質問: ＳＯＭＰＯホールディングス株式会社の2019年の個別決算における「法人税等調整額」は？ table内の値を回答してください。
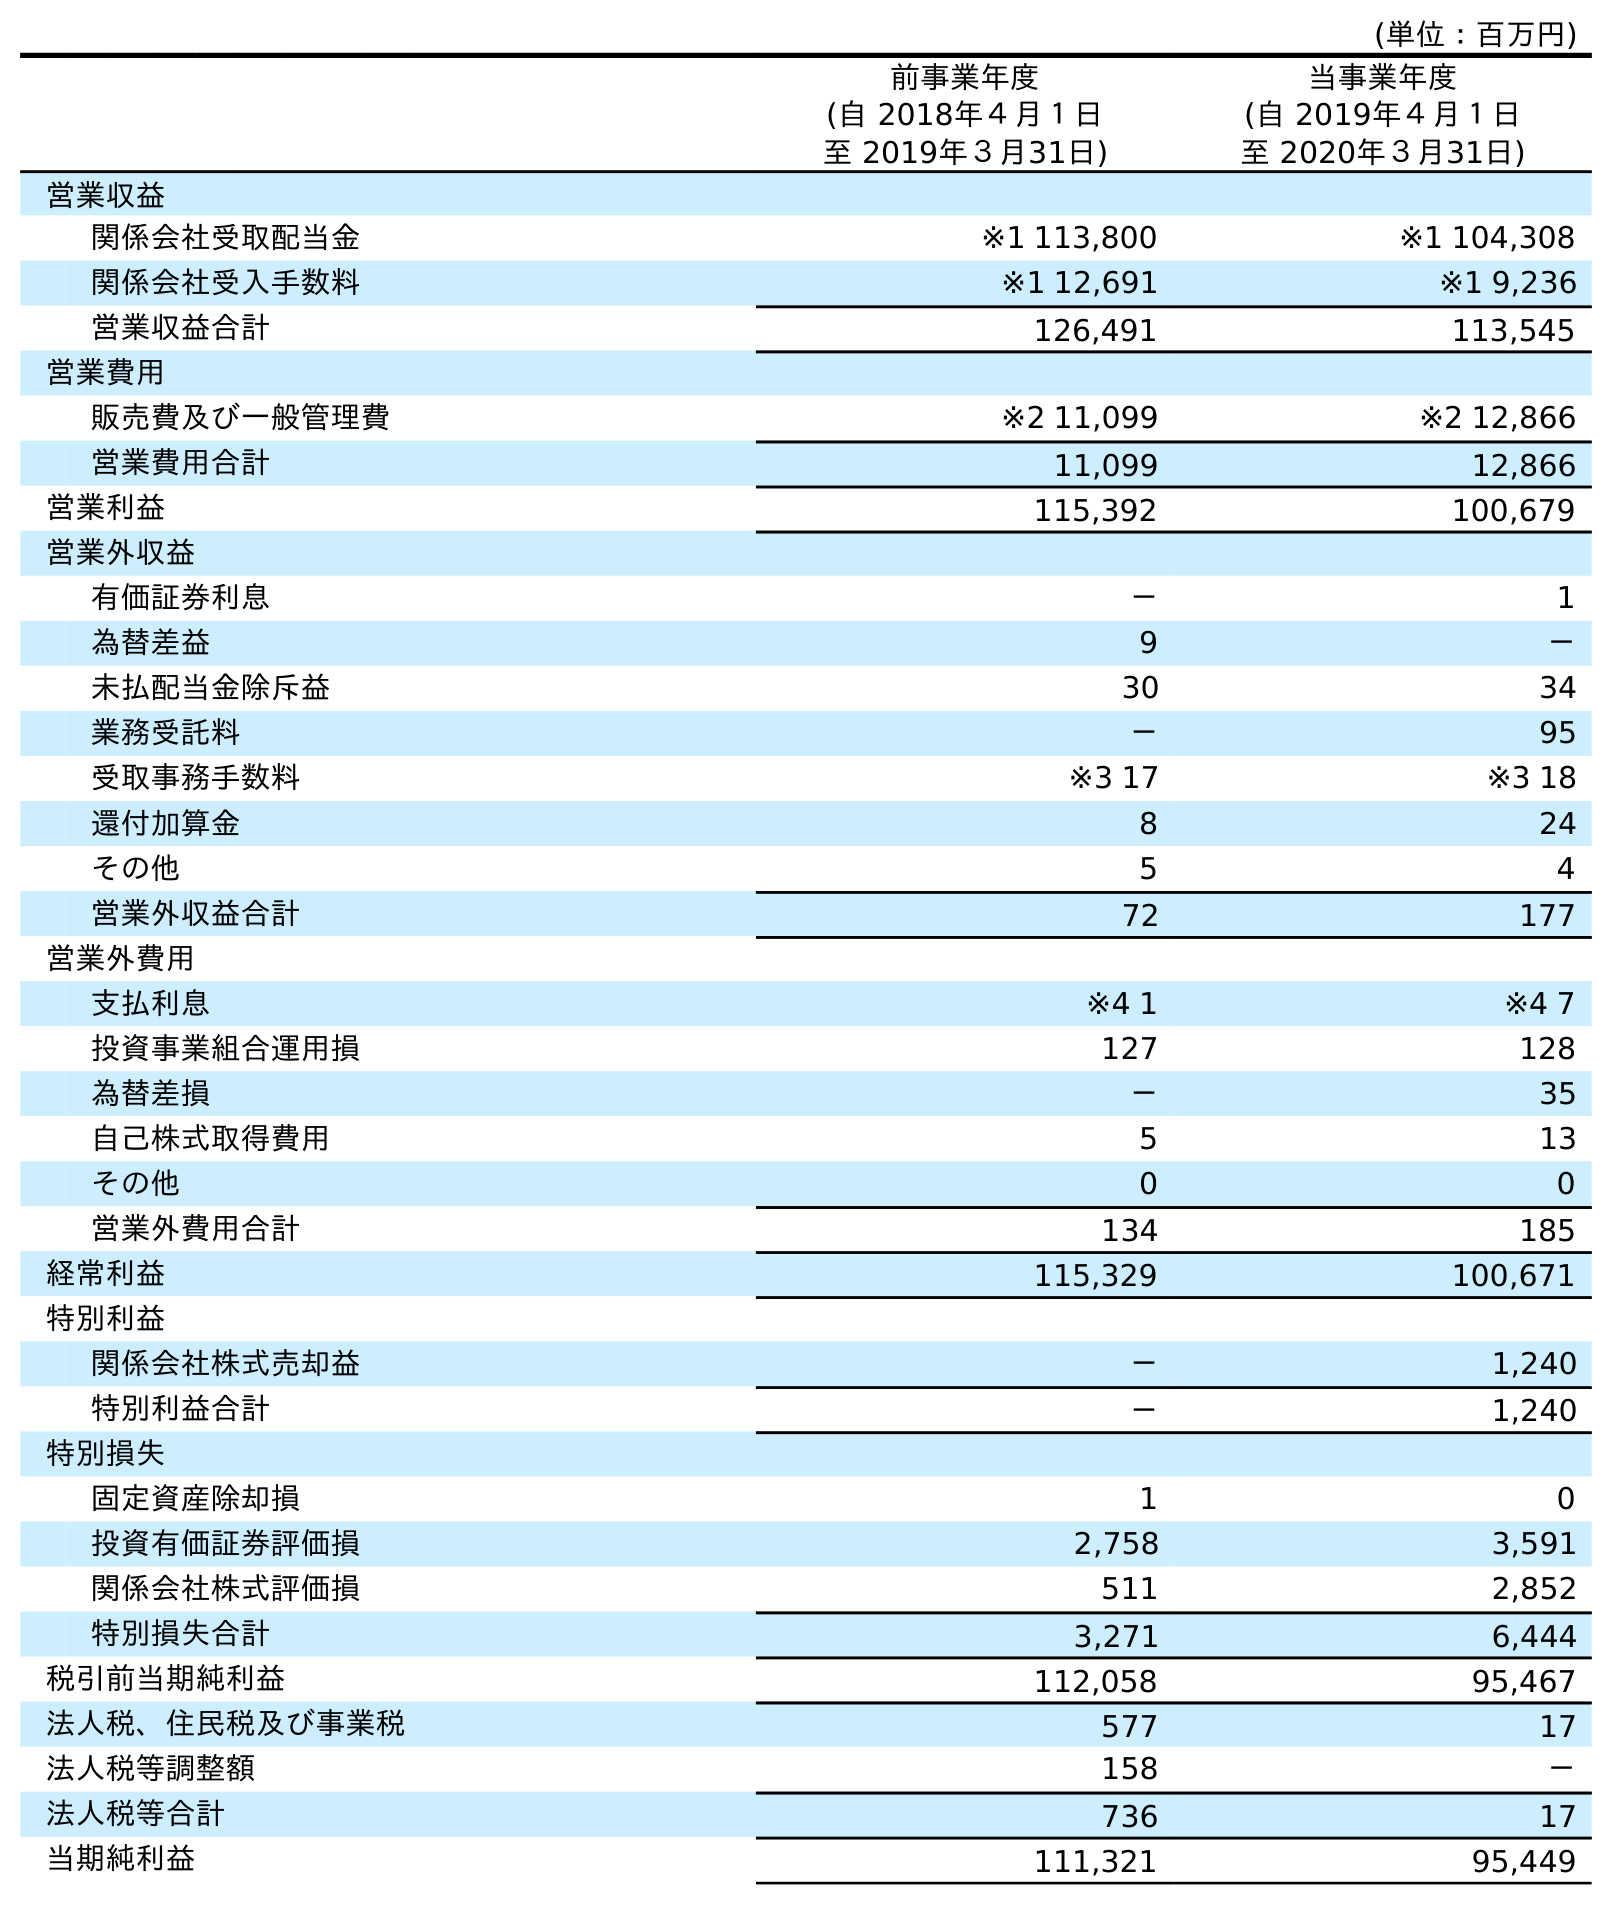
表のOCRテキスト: (単位：百万円) 前事業年度 (自 2018年４月１日 至 2019年３月31日) 当事業年度 (自 2019年４月１日 至 2020年３月31日) 営業収益 関係会社受取配当金 ※1 113,800 ※1 104,308 関係会社受入手数料 ※1 12,691 ※1 9,236 営業収益合計 126,491 113,545 営業費用 販売費及び一般管理費 ※2 11,099 ※2 12,866 営業費用合計 11,099 12,866 営業利益 115,392 100,679 営業外収益 有価証券利息 － 1 為替差益 9 － 未払配当金除斥益 30 34 業務受託料 － 95 受取事務手数料 ※3 17 ※3 18 還付加算金 8 24 その他 5 4 営業外収益合計 72 177 営業外費用 支払利息 ※4 1 ※4 7 投資事業組合運用損 127 128 為替差損 － 35 自己株式取得費用 5 13 その他 0 0 営業外費用合計 134 185 経常利益 115,329 100,671 特別利益 関係会社株式売却益 － 1,240 特別利益合計 － 1,240 特別損失 固定資産除却損 1 0 投資有価証券評価損 2,758 3,591 関係会社株式評価損 511 2,852 特別損失合計 3,271 6,444 税引前当期純利益 112,058 95,467 法人税、住民税及び事業税 577 17 法人税等調整額 158 － 法人税等合計 736 17 当期純利益 111,321 95,449
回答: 158